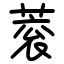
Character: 蓘